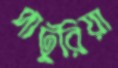
পাটুরিয়া